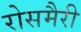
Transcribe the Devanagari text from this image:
रोसमैरी